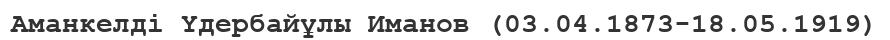
Аманкелді Үдербайұлы Иманов (03.04.1873-18.05.1919)